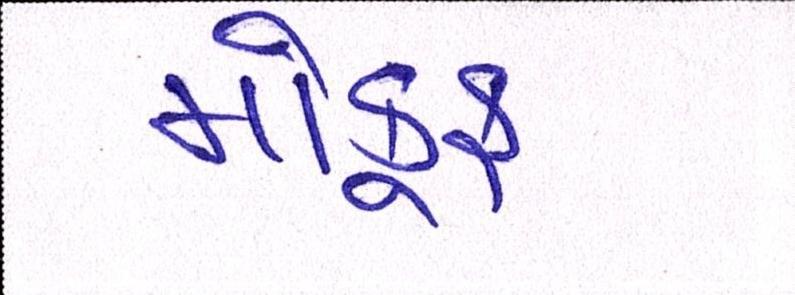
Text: મોકૂફ